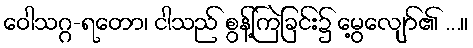
ဝေါသဂ္ဂ-ရတော၊ ငါသည် စွန့်ကြဲခြင်း၌ မွေ့လျော်၏ ...။